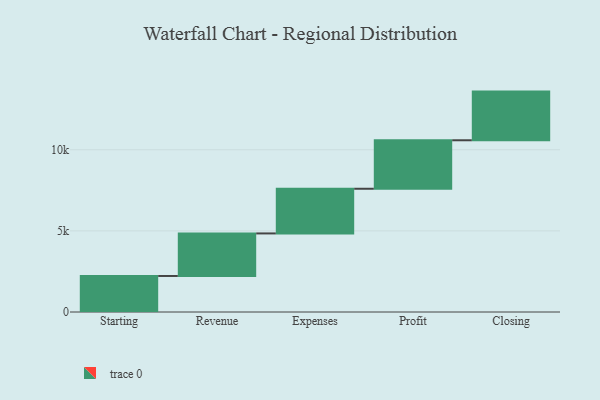
{"axis": {"x": "Step", "y": "Value"}, "legend": [""], "data": [{"x": "Starting", "y": 2221.0, "type": ""}, {"x": "Revenue", "y": 2622.0, "type": ""}, {"x": "Expenses", "y": 2754.0, "type": ""}, {"x": "Profit", "y": 2988.0, "type": ""}, {"x": "Closing", "y": 3000, "type": ""}]}